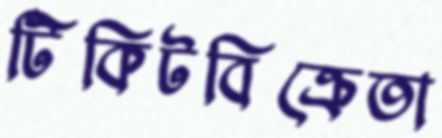
টিকিটবিক্রেতা